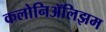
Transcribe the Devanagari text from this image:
कलोनिॲलिझम